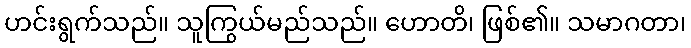
ဟင်းရွက်သည်။ သူကြွယ်မည်သည်။ ဟောတိ၊ ဖြစ်၏။ သမာဂတာ၊